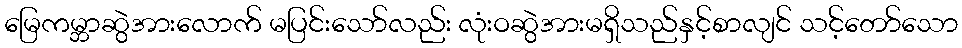
မြေကမ္ဘာဆွဲအားလောက် မပြင်းသော်လည်း လုံးဝဆွဲအားမရှိသည်နှင့်စာလျင် သင့်တော်သော